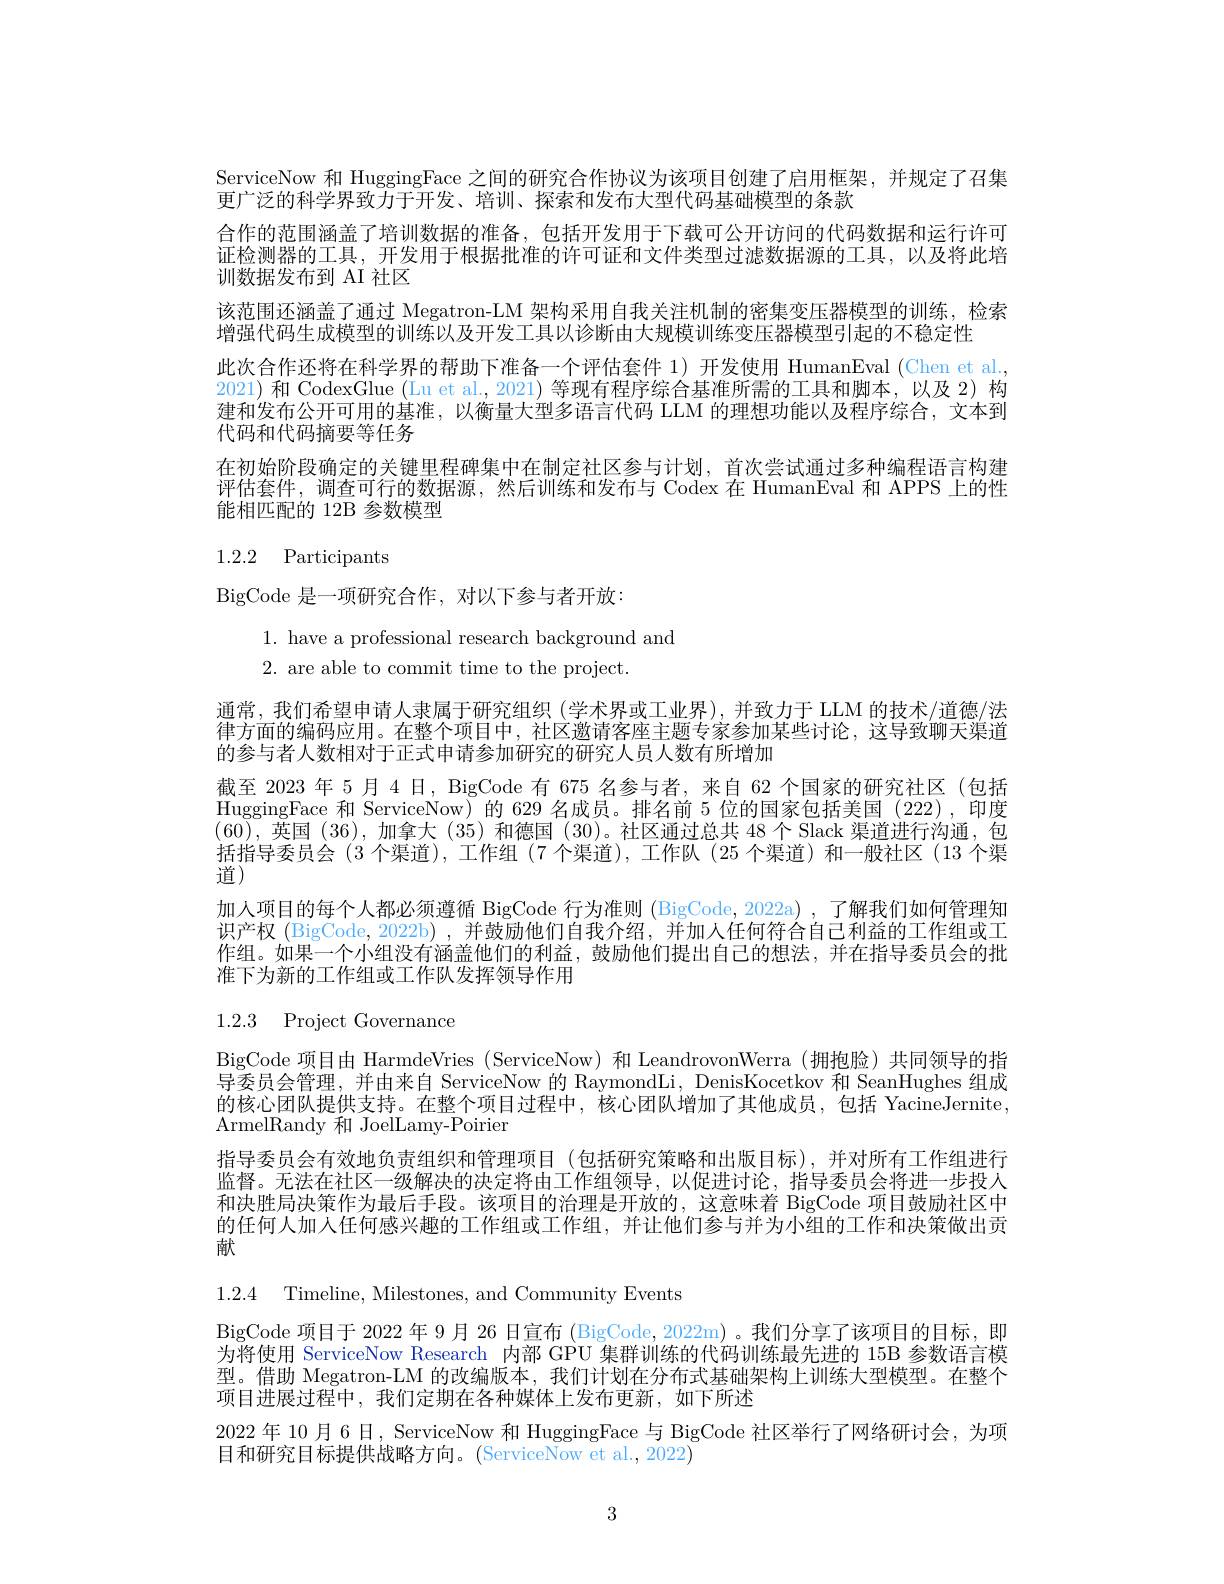
ServiceNow 和 HuggingFace 之间的研究合作协议为该项目创建了启用框架，并规定了召集
更广泛的科学界致力于开发、培训、探索和发布大型代码基础模型的条款
合作的范围涵盖了培训数据的准备，包括开发用于下载可公开访问的代码数据和运行许可证检测器的工具，开发用于根据批准的许可证和文件类型过滤数据源的工具，以及将此培训数据发布到 AI 社区
该范围还涵盖了通过 Megatron-LM 架构采用自我关注机制的密集变压器模型的训练，检索
增强代码生成模型的训练以及开发工具以诊断由大规模训练变压器模型引起的不稳定性
此次合作还将在科学界的帮助下准备一个评估套件 1)开发使用 HumanEval (Chen et al. 2021) 和 CodexGlue (Lu et al., 2021) 等现有程序综合基准所需的工具和脚本，以及 2)构建和发布公开可用的基准，以衡量大型多语言代码 LLM 的理想功能以及程序综合，文本到代码和代码摘要等任务
在初始阶段确定的关键里程碑集中在制定社区参与计划，首次尝试通过多种编程语言构建评估套件，调查可行的数据源，然后训练和发布与 Codex在 HumanEval 和 APPS 上的性能相匹配的 12B 参数模型

# 1.2.2 Participants

$\operatorname{BigCode}$是一项研究合作，对以下参与者开放：
1. have a professional research background and
2. are able to commit time to the project.

通常，我们希望申请人隶属于研究组织(学术界或工业界),并致力于 LLM 的技术/道德/法律方面的编码应用。在整个项目中，社区邀请客座主题专家参加某些讨论，这导致聊天渠道的参与者人数相对于正式申请参加研究的研究人员人数有所增加
截至 2023 年 5月 4日，BigCode 有 675 名参与者，来自 62 个国家的研究社区 (包括HuggingFace 和 ServiceNow) 的 629 名成员。排名前 5 位的国家包括美国 (222) ,印度(60),英国(36),加拿大(35)和德国(30)。社区通过总共 48个Slack 渠道进行沟通，包括指导委员会 (3 个渠道), 工作组 (7 个渠道), 工作队 (25 个渠道) 和一般社区 (13 个渠道)
加入项目的每个人都必须遵循 BigCode 行为准则 (BigCode, 2022a) ,了解我们如何管理知识产权 (BigCode, 2022b) ,并鼓励他们自我介绍，并加人任何符合自己利益的工作组或工作组。如果一个小组没有涵盖他们的利益，鼓励他们提出自己的想法，并在指导委员会的批准下为新的工作组或工作队发挥领导作用

1.2.3 Project Governance

BigCode 项目由 HarmdeVries (ServiceNow) 和 LeandrovonWerra (拥抱脸)共同领导的指导委员会管理，并由来自 ServiceNow 的 RaymondLi, DenisKocetkov 和 SeanHughes 组成的核心团队提供支持。在整个项目过程中，核心团队增加了其他成员，包括 YacineJernite, ArmelRandy 和 JoelLamy-Poirier
指导委员会有效地负责组织和管理项目(包括研究策略和出版目标),并对所有工作组进行监督。无法在社区一级解决的决定将由工作组领导，以促进讨论，指导委员会将进一步投入和决胜局决策作为最后手段。该项目的治理是开放的，这意味着 BigCode 项目鼓励社区中的任何人加入任何感兴趣的工作组或工作组，并让他们参与并为小组的工作和决策做出贡献

1.2.4 Timeline, Milestones, and Community Events

BigCode 项 目 于 2022 年 9 月 26 日宣布 (BigCode, 2022m)。我们分享了该项目的目标，即为将使用 ServiceNow Research 内部 GPU 集群训练的代码训练最先进的 15B 参数语言模型。借助 Megatron-LM 的改编版本，我们计划在分布式基础架构上训练大型模型。在整个项目进展过程中，我们定期在各种媒体上发布更新，如下所述
2022 年 10 月 6 日，ServiceNow 和 HuggingFace 与 BigCode 社区举行了网络研讨会，为项
目和研究目标提供战略方向。(ServiceNow et al.,2022)

3